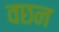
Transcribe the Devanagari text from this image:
वछन